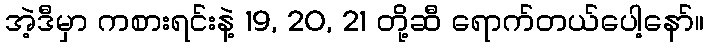
အဲ့ဒီမှာ ကစားရင်းနဲ့ 19, 20, 21 တို့ဆီ ရောက်တယ်ပေါ့နော်။